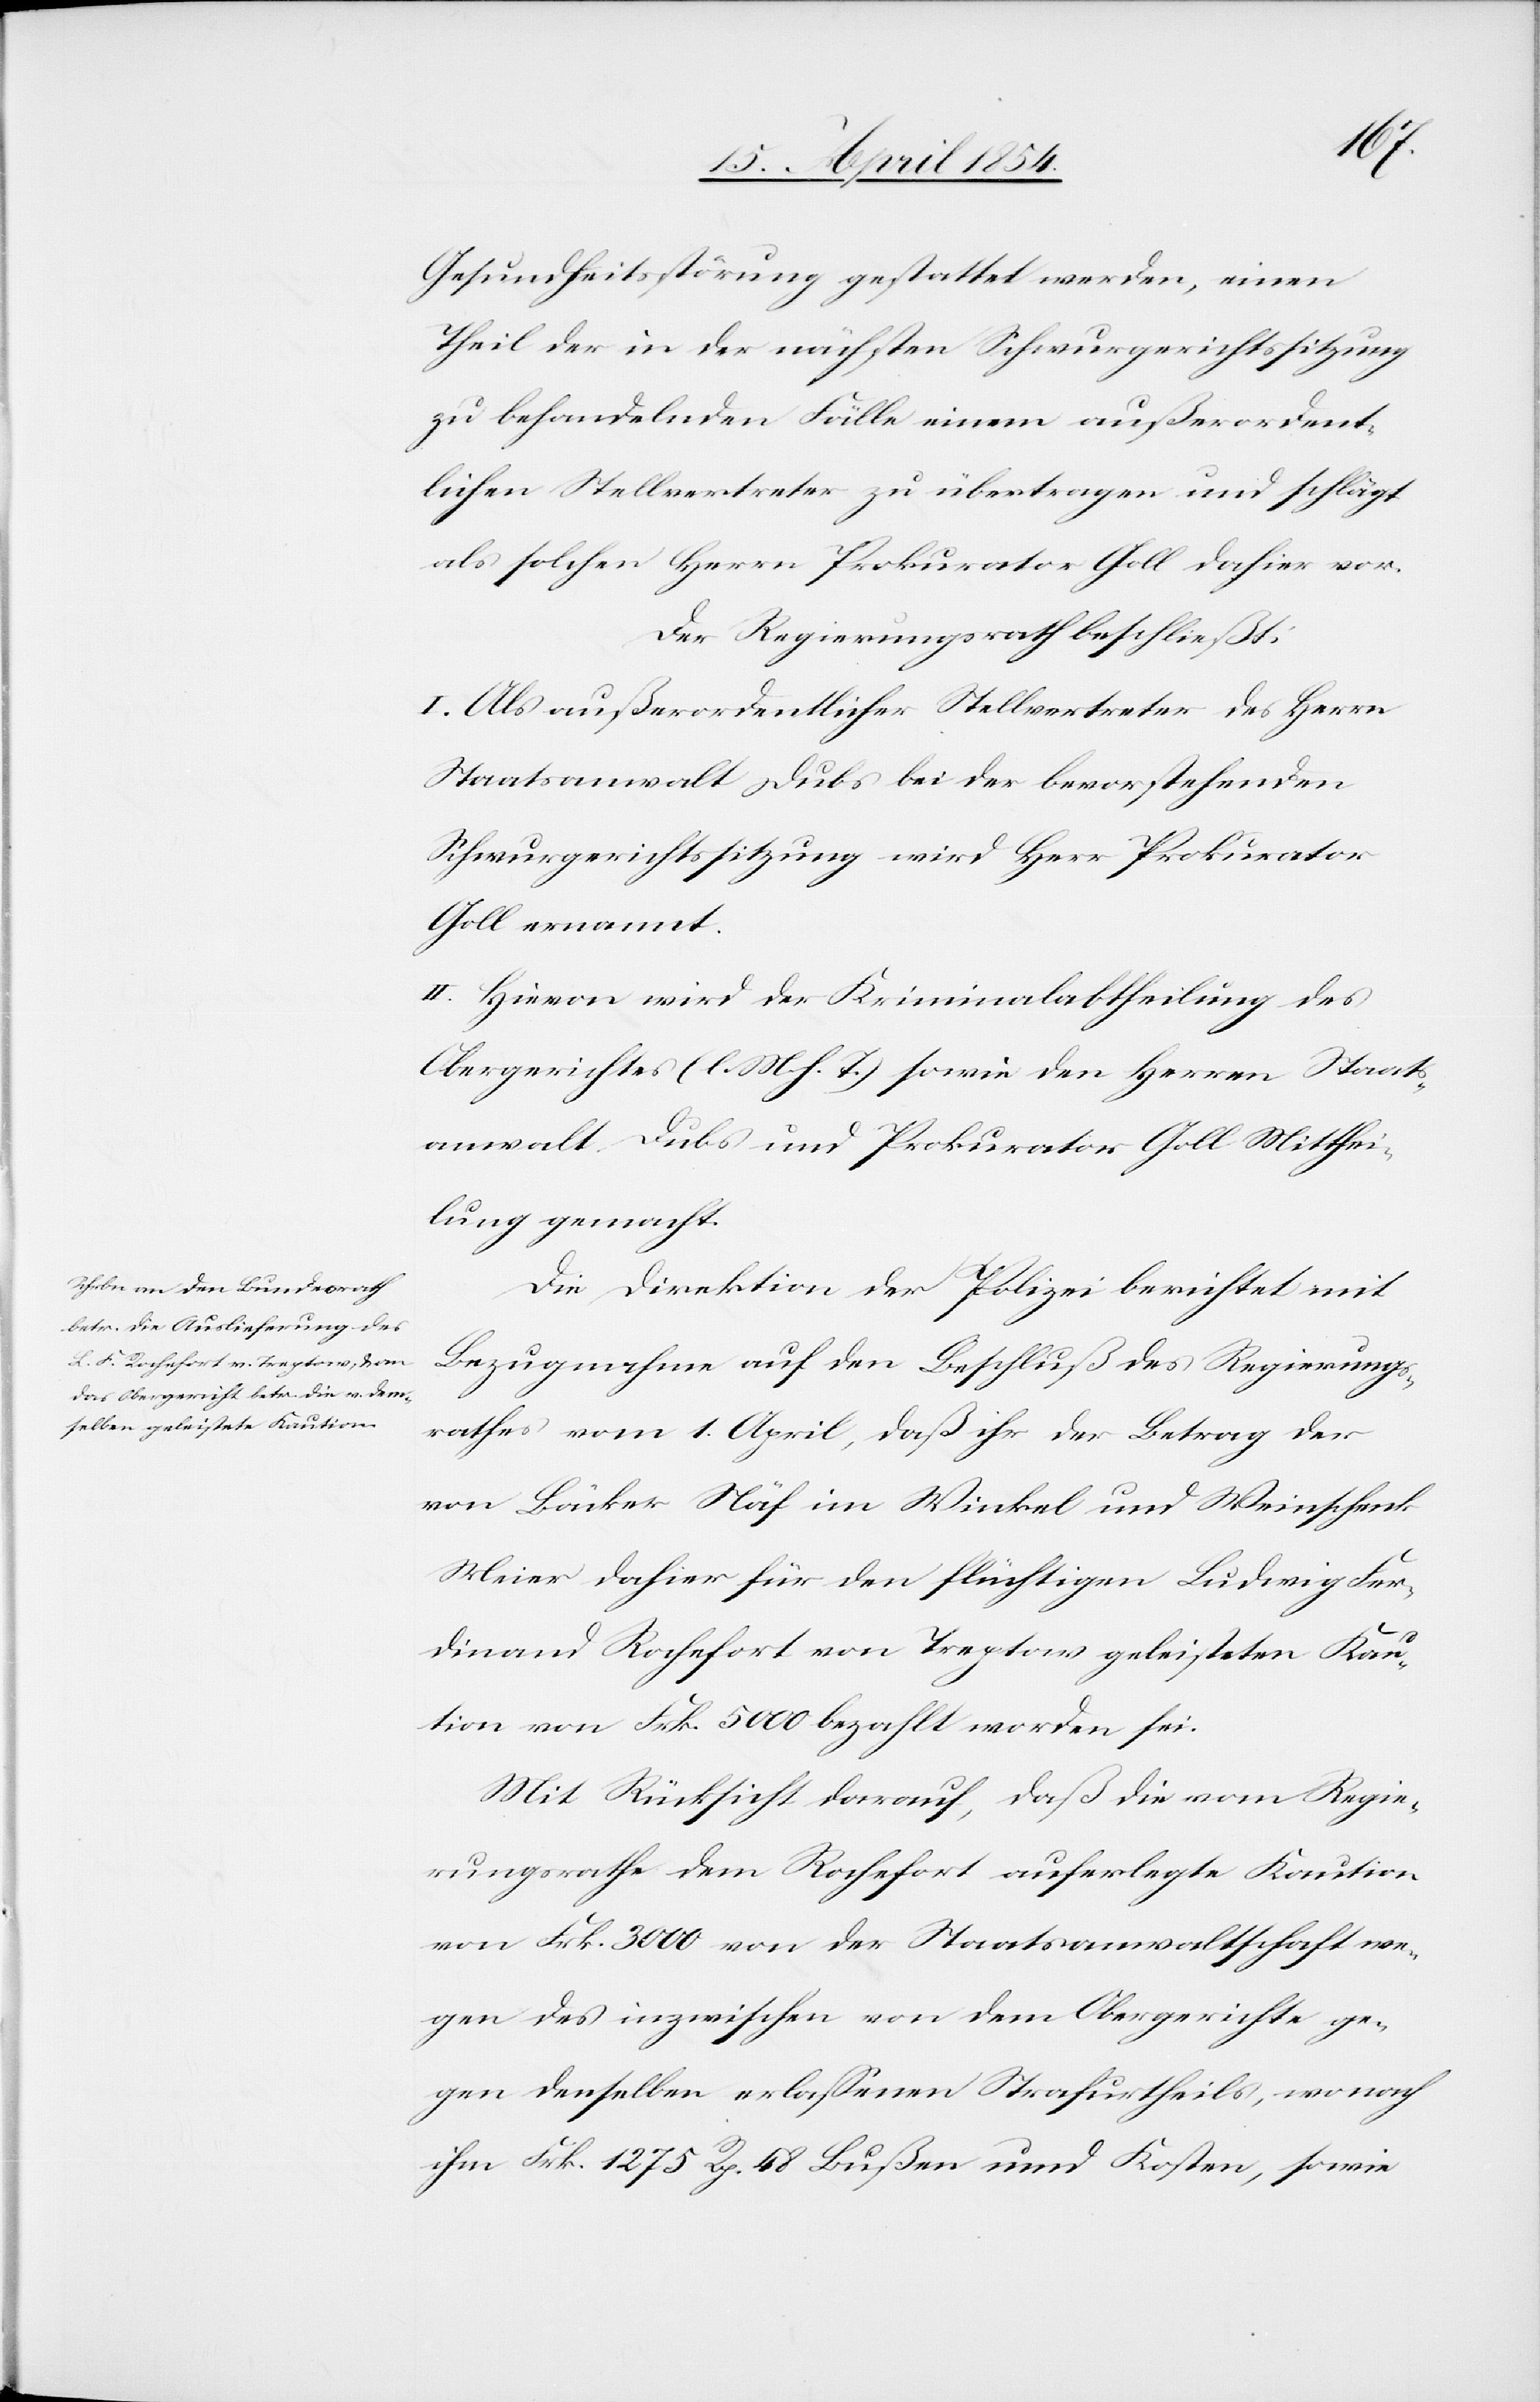
Gesundheitsstörung gestattet werden, einen
Theil der in der nächsten Schwurgerichtssitzung
zu behandelnden Fälle einem außerordent¬
lichen Stellvertreter zu übertragen und schlägt
als solchen Herrn Prokurator Goll dahier vor.
Der Regierungsrath beschließt:
I. Als außerordentlicher Stellvertreter des Herrn
Staatsanwalt Dubs bei der bevorstehenden
Schwurgerichtssitzung wird Herr Prokurator
Goll ernannt.
II. Hievon wird der Kriminalabtheilung des
Obergerichts (l. M. h. T.) sowie den Herren Staats¬
anwalt Dubs und Prokurator Goll Mitthei¬
lung gemacht.
Die Direktion der Polizei berichtet mit
Bezugnahme auf den Beschluß des Regierungs¬
rathes vom 1. April, daß ihr der Betrag der
von Bäcker Näf im Winkel und Weinschenk
Meier dahier für den flüchtigen Ludwig Fer¬
dinand Rochefort von Treptow geleisteten Kau¬
tion von Frk. 5000 bezahlt worden sei.
Mit Rücksicht darauf, daß die vom Regie¬
rungsrathe dem Rochefort auferlegte Kaution
von Frk. 3000 von der Staatsanwaltschaft we¬
gen des inzwischen von dem Obergerichte ge¬
gen denselben erlaßenen Strafurtheils, wonach
ihm Frk. 1275 Rp. 48 Bußen und Kosten, sowie